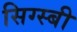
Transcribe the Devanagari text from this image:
सिग्स्बी